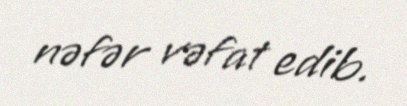
nəfər vəfat edib.